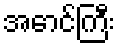
အောင်ကြီး